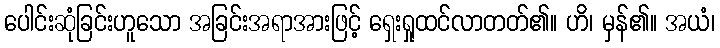
ပေါင်းဆုံခြင်းဟူသော အခြင်းအရာအားဖြင့် ရှေးရှုထင်လာတတ်၏။ ဟိ၊ မှန်၏။ အယံ၊